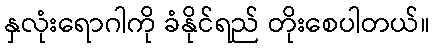
နှလုံးရောဂါကို ခံနိုင်ရည် တိုးစေပါတယ်။